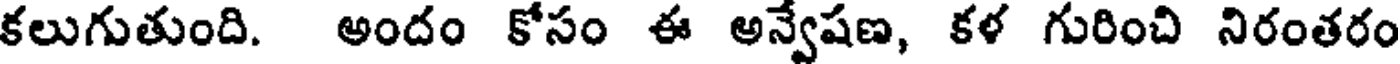
కలుగుతుంది. అందం కోసం ఈ అన్వేషణ, కళ గురించి నిరంతరం